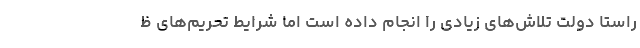
راستا دولت تلاش‌های زیادی را انجام داده است اما شرایط تحریم‌های ظ